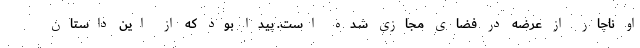
او ناچار از عرضه در فضای مجازی شده است. پیدا بود که از این داستان